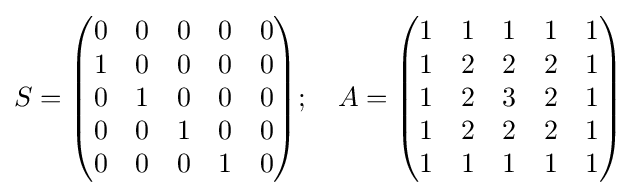
S={\begin{pmatrix}0&0&0&0&0\\1&0&0&0&0\\0&1&0&0&0\\0&0&1&0&0\\0&0&0&1&0\end{pmatrix}};\quad A={\begin{pmatrix}1&1&1&1&1\\1&2&2&2&1\\1&2&3&2&1\\1&2&2&2&1\\1&1&1&1&1\end{pmatrix}}